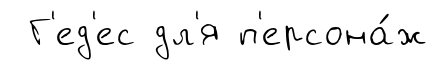
Г'ед'ес дл'я п'ерсона́ж